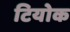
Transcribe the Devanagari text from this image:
टियोक